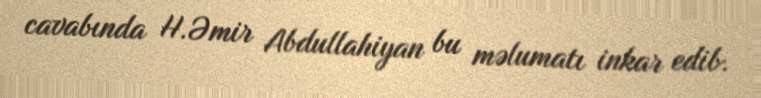
cavabında H.Əmir Abdullahiyan bu məlumatı inkar edib.